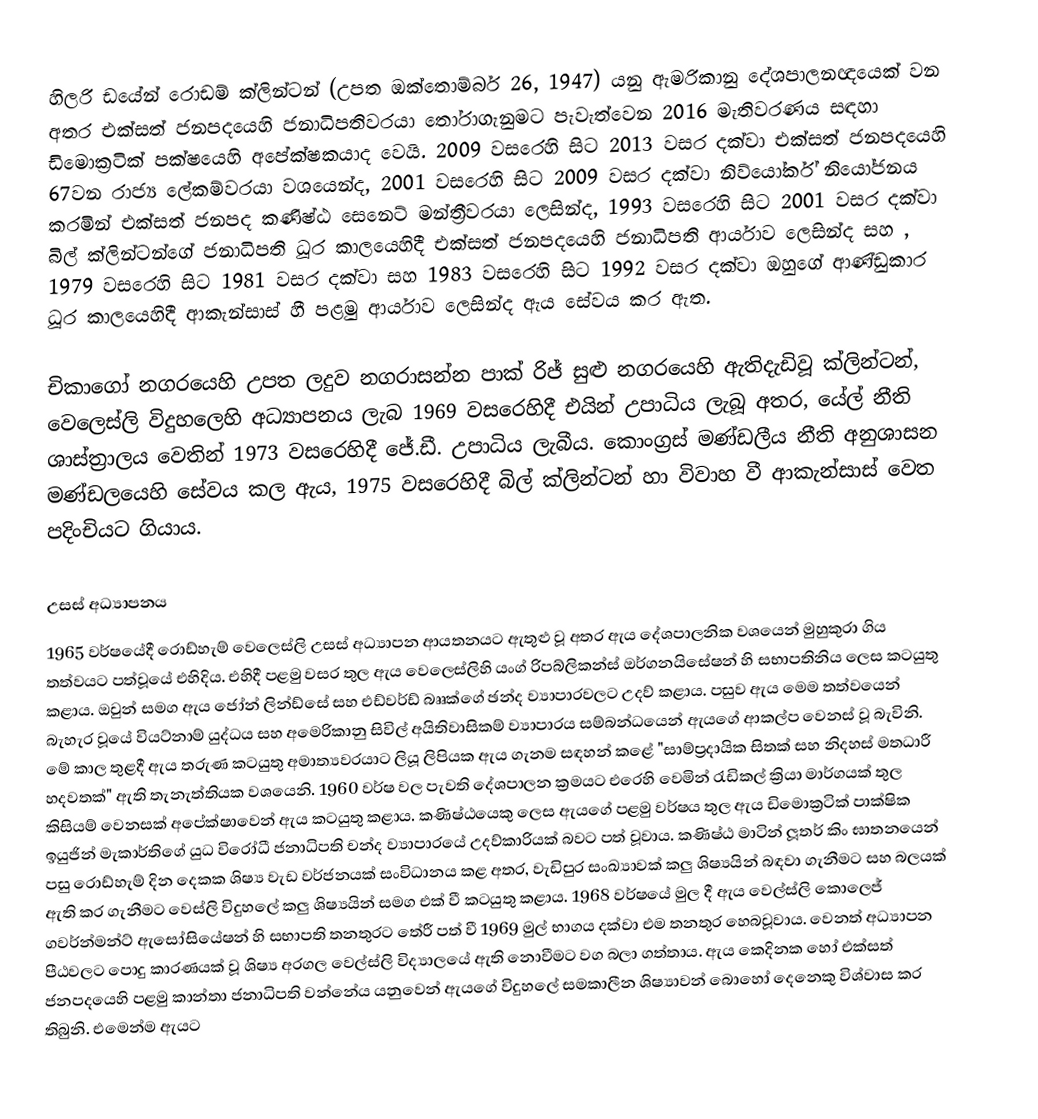
හිලරි ඩයේන් රොඩම් ක්ලින්ටන් (උපත ඔක්තොම්බර් 26, 1947) යනු ඇමරිකානු දේශපාලනඥයෙක් වන අතර  එක්සත් ජනපදයෙහි ජනාධිපතිවරයා තෝරාගැනුමට පැවැත්වෙන 2016 මැතිවරණය සඳහා ඩිමොක්‍රටික් පක්ෂයෙහි අපේක්ෂකයාද වෙයි. 2009 වසරෙහි සිට 2013 වසර දක්වා   එක්සත් ජනපදයෙහි 67වන   රාජ්‍ය ලේකම්වරයා වශයෙන්ද, 2001 වසරෙහි සිට 2009 වසර දක්වා නිව්යෝර්ක් නියෝජනය කරමින්  එක්සත් ජනපද කණිෂ්ඨ සෙනෙට් මන්ත්‍රීවරයා ලෙසින්ද, 1993 වසරෙහි සිට 2001 වසර දක්වා බිල් ක්ලින්ටන්ගේ ජනාධිපති ධූර කාලයෙහිදී එක්සත් ජනපදයෙහි ජනාධිපති ආර්යාව ලෙසින්ද සහ , 1979 වසරෙහි සිට 1981 වසර දක්වා සහ 1983 වසරෙහි සිට 1992 වසර දක්වා ඔහුගේ ආණ්ඩුකාර ධූර කාලයෙහිදී ආකැන්සාස් හී පළමු ආර්යාව ලෙසින්ද ඇය සේවය කර ඇත.

චිකාගෝ නගරයෙහි උපත ලදුව නගරාසන්න  පාක් රිජ් සුළු නගරයෙහි ඇතිදැඩිවූ  ක්ලින්ටන්, වෙලෙස්ලි විදුහලෙහි අධ්‍යාපනය ලැබ 1969 වසරෙහිදී එයින් උපාධිය ලැබූ අතර, යේල්  නීති ශාස්ත්‍රාලය වෙතින් 1973 වසරෙහිදී ජේ.ඩී. උපාධිය ලැබීය. කොංග්‍රස් මණ්ඩලීය නීති අනුශාසන මණ්ඩලයෙහි සේවය කල ඇය, 1975 වසරෙහිදී බිල් ක්ලින්ටන් හා විවාහ වී ආකැන්සාස් වෙත පදිංචියට ගියාය.

උසස් අධ්‍යාපනය
1965 වර්ෂයේදී රොඩ්හැම් වෙලෙස්ලි උසස් අධ්‍යාපන ආයතනයට ඇතුළු වූ අතර ඇය දේශපාලනික වශයෙන් මුහුකුරා ගිය තත්වයට පත්වූයේ එහිදිය. එහිදී පළමු වසර තුල ඇය වෙලෙස්ලිහි යංග් රිපබ්ලිකන්ස් ඔර්ගනයිසේෂන් හි සභාපතිනිය ලෙස කටයුතු කළාය. ඔවුන් සමග ඇය ජෝන් ලින්ඩ්සේ සහ එඩ්වර්ඩ් බෲක්ගේ ඡන්ද ව්‍යාපාරවලට උදව් කළාය. පසුව ඇය මෙම තත්වයෙන් බැහැර වූයේ වියට්නාම් යුද්ධය සහ අමෙරිකානු සිවිල් අයිතිවාසිකම් ව්‍යාපාරය සම්බන්ධයෙන් ඇයගේ ආකල්ප වෙනස් වූ බැවිනි. මේ කාල තුළදී ඇය තරුණ කටයුතු අමාත්‍යවරයාට ලියූ ලිපියක ඇය ගැනම සඳහන් කළේ "සාම්ප්‍රදායික සිතක් සහ නිදහස් මතධාරී හදවතක්" ඇති තැනැත්තියක වශයෙනි. 1960 වර්ෂ වල පැවති දේශපාලන ක්‍රමයට එරෙහි වෙමින් රැඩිකල් ක්‍රියා මාර්ගයක් තුල කිසියම් වෙනසක් අපේක්ෂාවෙන් ඇය කටයුතු කළාය. කණිෂ්ඨයෙකු ලෙස ඇයගේ පළමු වර්ෂය තුල ඇය ඩිමොක්‍රටික් පාක්ෂික ඉයුජින් මැකාර්තිගේ යුධ විරෝධී ජනාධිපති චන්ද ව්‍යාපාරයේ උදව්කාරියක් බවට පත් වූවාය. කණිෂ්ඨ මාටින් ලූතර් කිං ඝාතනයෙන් පසු රොඩ්හැම් දින දෙකක ශිෂ්‍ය වැඩ වර්ජනයක් සංවිධානය කළ අතර, වැඩිපුර සංඛ්‍යාවක් කලු ශිෂ්‍යයින් බඳවා ගැනීමට සහ බලයක් ඇති කර ගැනීමට වෙස්ලි විදුහලේ කලු ශිෂ්‍යයින් සමග එක් වී කටයුතු කළාය. 1968 වර්ෂයේ මුල දී ඇය වෙල්ස්ලි කොලෙජ් ගවර්න්මන්ට් ඇසෝසියේෂන් හි සභාපති තනතුරට තේරී පත් වී 1969 මුල් භාගය දක්වා එම තනතුර හෙබවූවාය. වෙනත් අධ්‍යාපන පීඨවලට පොදු කාරණයක් වූ ශිෂ්‍ය අරගල වෙල්ස්ලි විද්‍යාලයේ ඇති නොවීමට වග බලා ගත්තාය. ඇය කෙදිනක හෝ එක්සත් ජනපදයෙහි පළමු කාන්තා ජනාධිපති වන්නේය යනුවෙන් ඇයගේ විදුහලේ සමකාලීන ශිෂ්‍යාවන් බොහෝ දෙනෙකු විශ්වාස කර තිබුනි. එමෙන්ම ඇයට